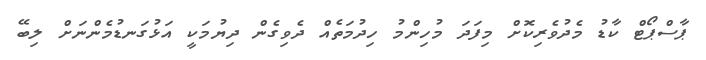
ޕާސްޕޯޓް ކާޑު މެދުވެރިކޮށް މިފަދަ މުހިންމު ހިދުމަތެއް ދެވިގެން ދިޔުމަކީ އަޅުގަނޑުމެންނަށް ލިބޭ